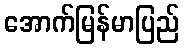
အောက်မြန်မာပြည်